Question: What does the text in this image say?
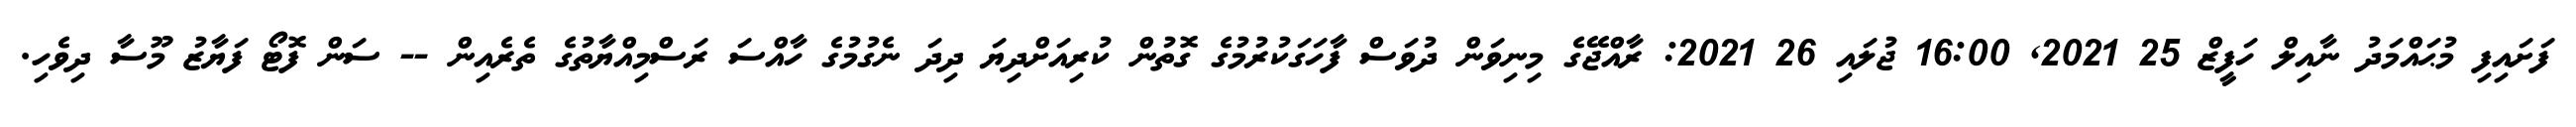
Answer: ފަށައިފި މުޙައްމަދު ނާއިލް ހަފީޒް 25 2021, 16:00 ޖުލައި 26 2021: ރާއްޖޭގެ މިނިވަން ދުވަސް ފާހަގަކުރުމުގެ ގޮތުން ކުރިއަށްދިޔަ ދިދަ ނެގުމުގެ ހާއްސަ ރަސްމިއްޔާތުގެ ތެރެއިން -- ސަން ފޮޓޯ ފަޔާޒު މޫސާ ދިވެހި.